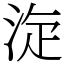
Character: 㳬